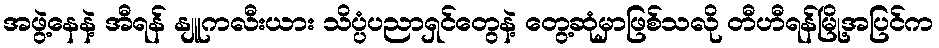
အဖွဲ့နေနဲ့ အီရန် နျူကလီးယား သိပ္ပံပညာရှင်တွေနဲ့ တွေ့ဆုံမှာဖြစ်သလို တီဟီရန်မြို့အပြင်က